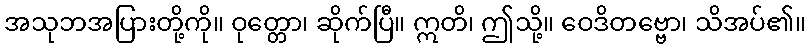
အသုဘအပြားတို့ကို။ ဝုတ္တော၊ ဆိုက်ပြီ။ ဣတိ၊ ဤသို့။ ဝေဒိတဗ္ဗော၊ သိအပ်၏။